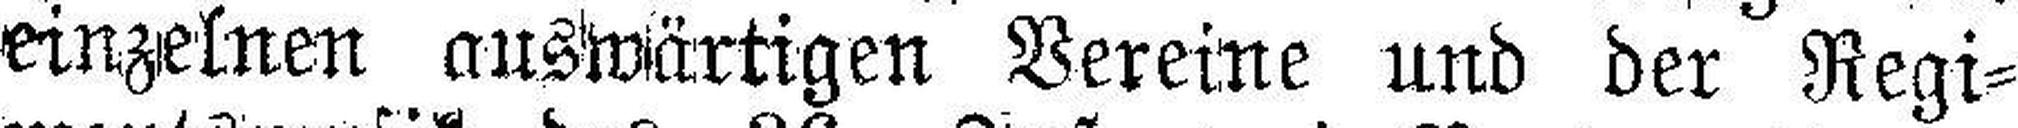
einzelnen auswärtigen Vereine und der Regi¬